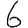
Digit: 6